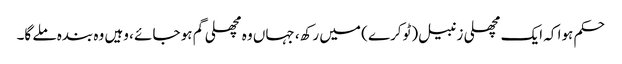
حکم ہوا کہ ایک مچھلی زنبیل (ٹوکرے ) میں رکھ، جہاں وہ مچھلی گم ہو جائے ، وہیں وہ بندہ ملے گا۔